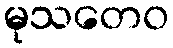
မုသတေဝ